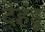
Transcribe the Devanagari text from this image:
देहड़ू